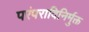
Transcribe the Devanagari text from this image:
परंपराविनिर्मुक्त